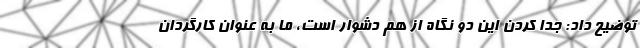
توضیح داد: جدا کردن این دو نگاه از هم دشوار است، ما به عنوان کارگردان